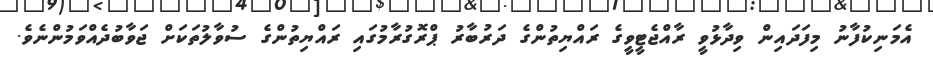
އެމަނިކުފާނު މިފަދައިން ވިދާޅުވީ ރާއްޖެޓީވީގެ ރައްޔިތުންގެ ދަރުބާރު ޕްރޮގުރާމުގައި ރައްޔިތުންގެ ސުވާލުތަކަށް ޖަވާބުދެއްވަމުންނެވެ.